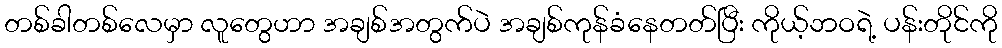
တစ်ခါတစ်လေမှာ လူတွေဟာ အချစ်အတွက်ပဲ အချစ်ကုန်ခံနေတတ်ပြီး ကိုယ့်ဘဝရဲ့ ပန်းတိုင်ကို